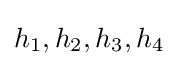
h_{1},h_{2},h_{3},h_{4}